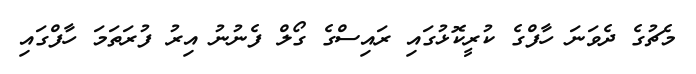
މެޗުގެ ދެވަނަ ހާފްގެ ކުރީކޮޅުގައި ރައިސްގެ ގޯލް ފެނުނު އިރު ފުރަތަމަ ހާފްގައި